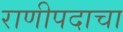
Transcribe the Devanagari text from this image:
राणीपदाचा